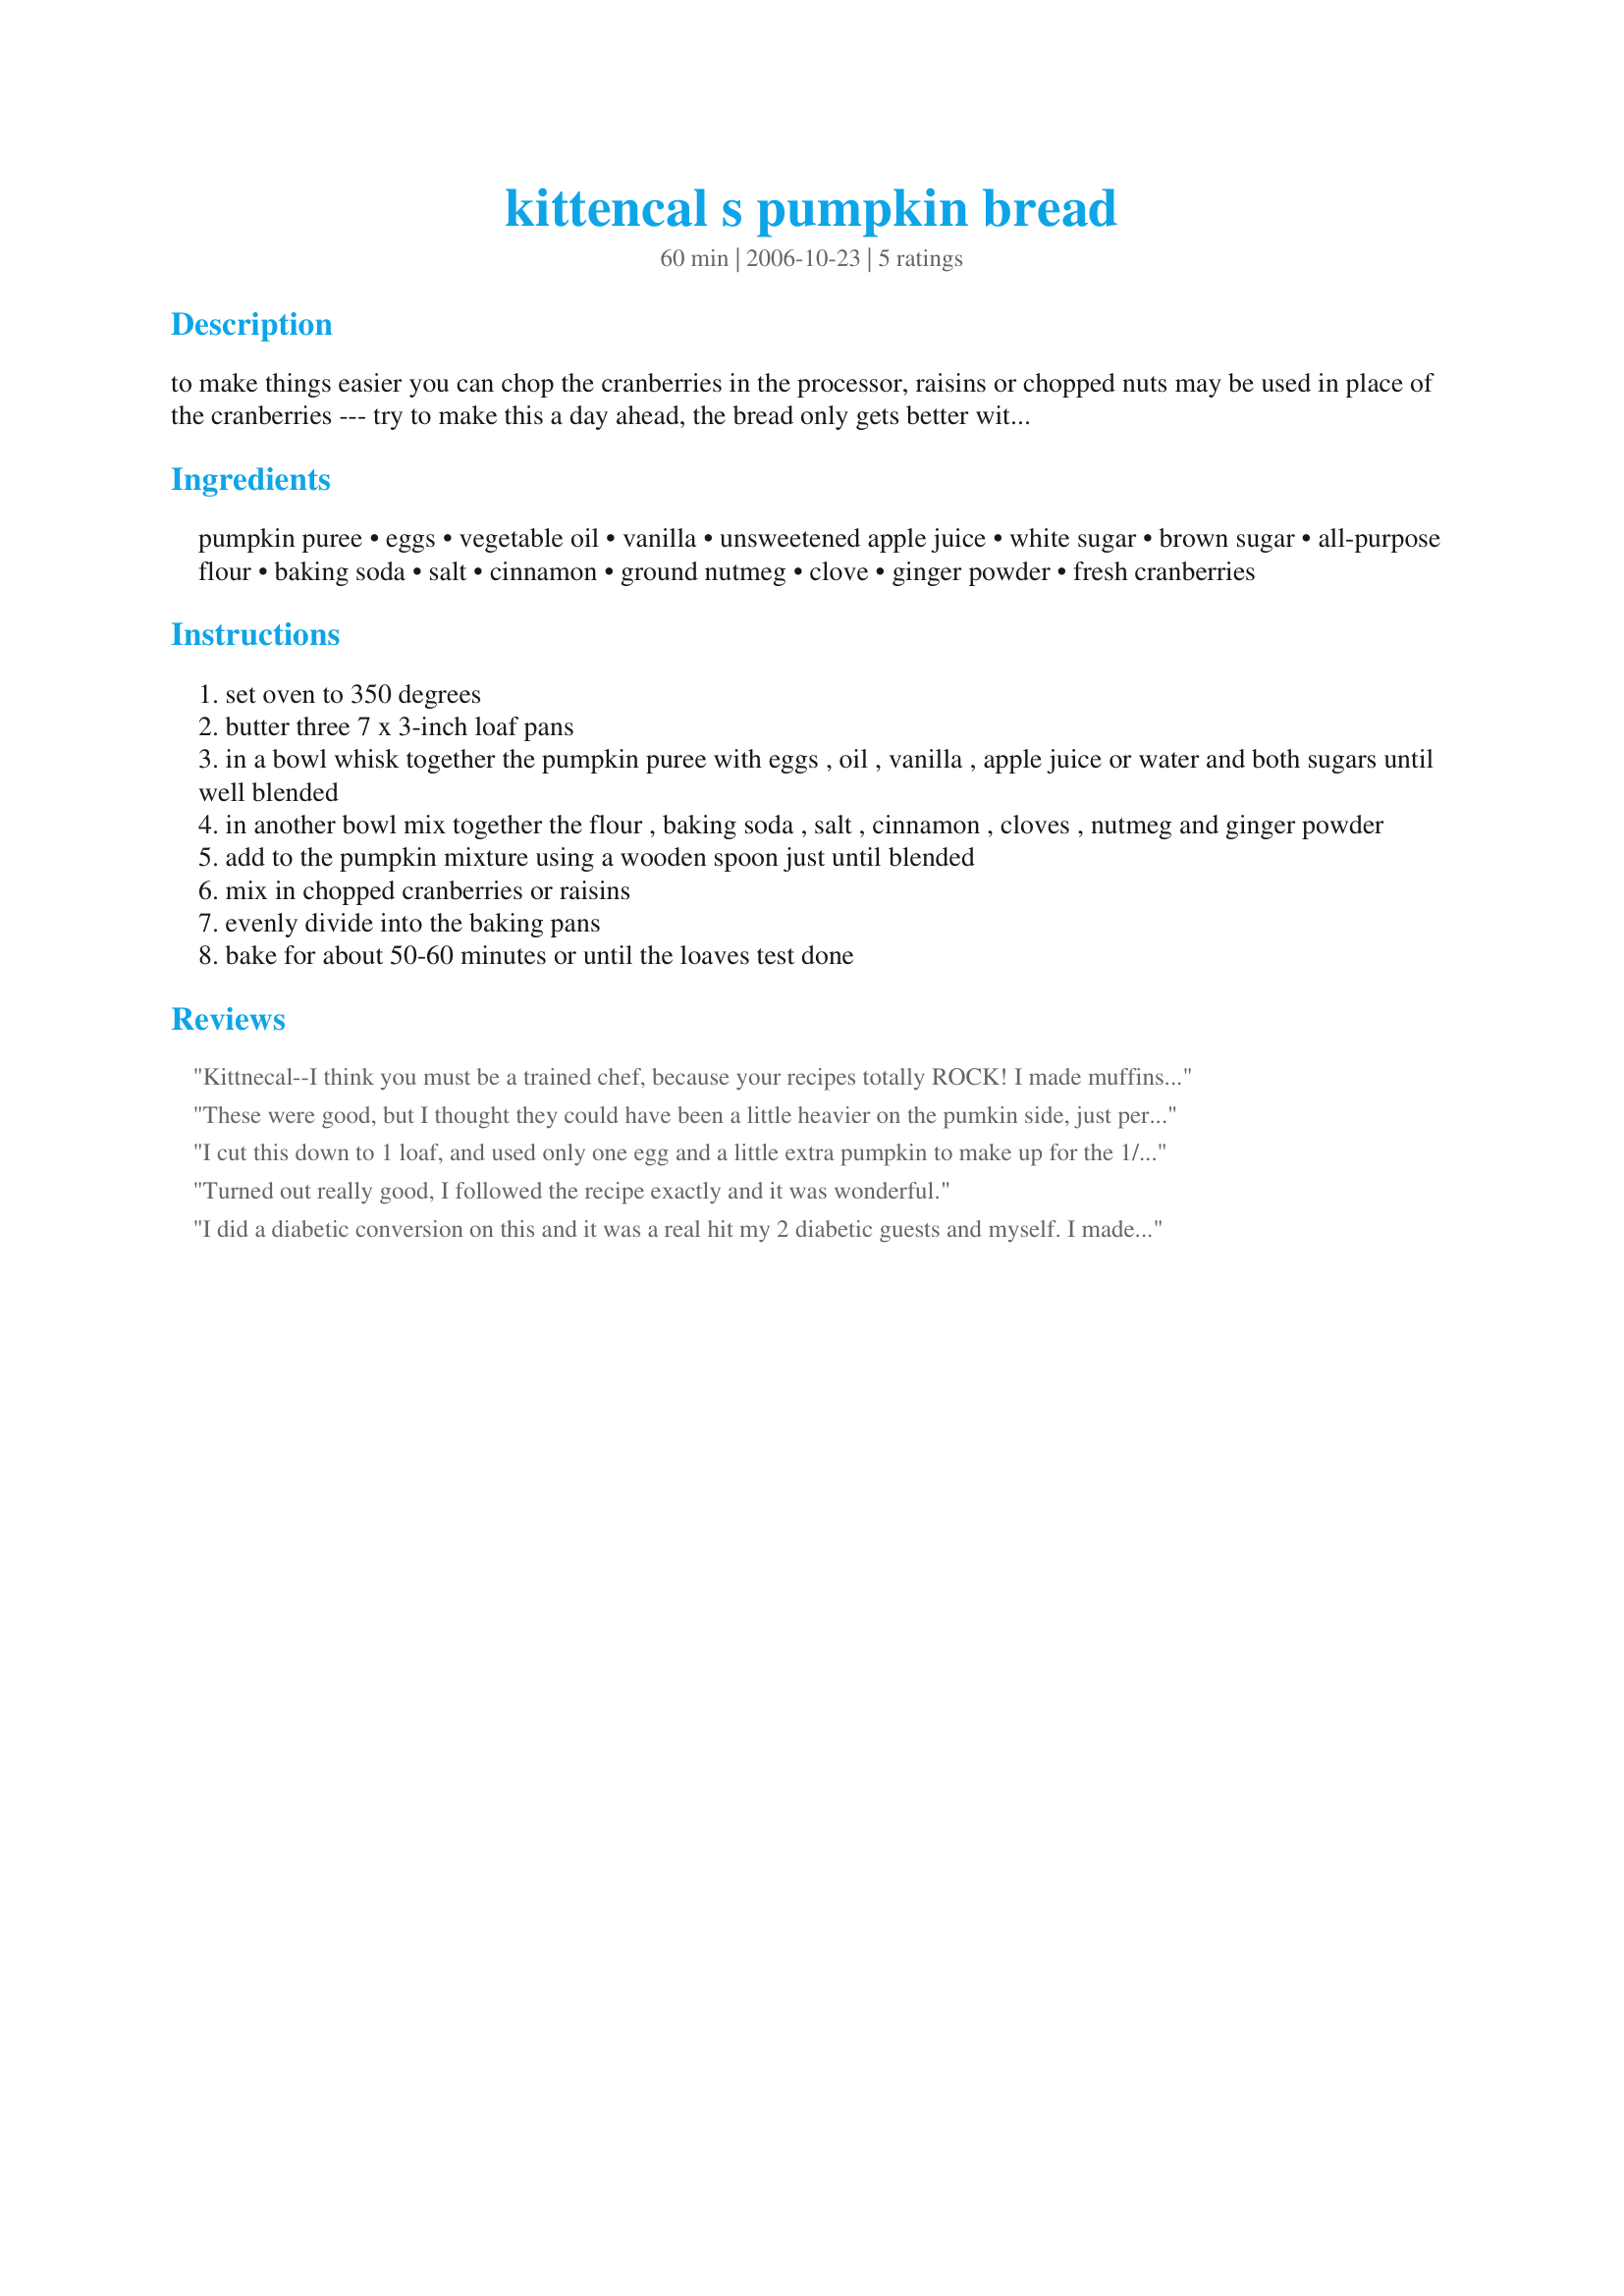
kittencal s pumpkin bread
Preparation time: 60 minutes

to make things easier you can chop the cranberries in the processor, raisins or chopped nuts may be used in place of the cranberries --- try to make this a day ahead, the bread only gets better with age and this makes great muffins too --- this will make three 7 x 3-inch loaves :)

Ingredients:
pumpkin puree, eggs, vegetable oil, vanilla, unsweetened apple juice, white sugar, brown sugar, all-purpose flour, baking soda, salt, cinnamon, ground nutmeg, clove, ginger powder, fresh cranberries

Steps:
set oven to 350 degrees
butter three 7 x 3-inch loaf pans
in a bowl whisk together the pumpkin puree with eggs , oil , vanilla , apple juice or water and both sugars until well blended
in another bowl mix together the flour , baking soda , salt , cinnamon , cloves , nutmeg and ginger powder
add to the pumpkin mixture using a wooden spoon just until blended
mix in chopped cranberries or raisins
evenly divide into the baking pans
bake for about 50-60 minutes or until the loaves test done

Reviews:
Kittnecal--I think you must be a trained chef, because your recipes totally ROCK! I made muffins out of this recipe, using 1/4 cup batter for each muffin. It made 33 muffins. I left out the cranberries/nuts/raisins, as my kids don't like those, but I did sprinkle the top of each muffin with raw, shelled pumpkin seeds. I baked them at 350 for 40 minutes. They are super!
These were good, but I thought they could have been a little heavier on the pumkin side, just personal preference. I used raisins which added a nice twist, though next time (and I will make again), I'll def. try the cranberries.
I cut this down to 1 loaf, and used only one egg and a little extra pumpkin to make up for the 1/3 egg. I used the brown sugar, but subbed Splenda for half of the white sugar. The spices were right on and the bread smells and tastes great. Along with the cranberries, I added some pepitas. I am going to try it as muffins next time!
Turned out really good, I followed the recipe exactly and it was wonderful.
I did a diabetic conversion on this and it was a real hit my 2 diabetic guests and myself. I made a 2 loaf amount and baked it one deep heart shaped pan. The reduced amount ask for 2/3 of a can of pumpkin and I used the full can rather than toss the remaining bit. Other changes were: the eggs became a very scant 1/2 cup of Eggbeaters, the applesauce in place of the second amount of oil, 2 tbsp of water, 1/3 cup of Splenda brown sugar blend, 1 cup Splenda in place of the white sugar, 1/3 cup of flour became whole wheat and the cranberries/raisins became some chopped pecans. It accepted the changes very well and it's delicious and very fragrant while baking. This one is a keeper for sure. Thanks Kit.
